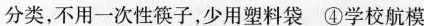
分类，不用一次性筷子，少用塑料袋 ④学校航模